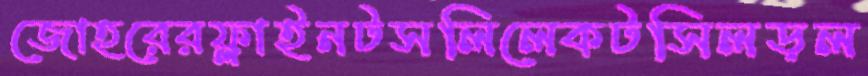
জোহরেরফ্লাইনটসলিলেকটসিলড়ল